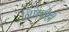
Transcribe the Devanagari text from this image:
निष्ठेचीही